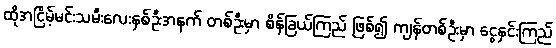
ထိုအငြိမ့်မင်းသမီးလေးနှစ်ဦးအနက် တစ်ဦးမှာ စိန်ခြယ်ကြည် ဖြစ်၍ ကျန်တစ်ဦးမှာ ငွေနှင်းကြည်